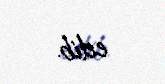
edib.